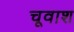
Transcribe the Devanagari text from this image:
चूवाश